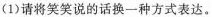
(1)请将笑笑说的话换一种方式表达。